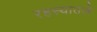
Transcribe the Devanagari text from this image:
रहस्यातले